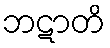
ဘဋာတိ